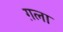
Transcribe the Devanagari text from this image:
ग़ला